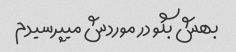
بهش بگو در موردش میپرسیدم